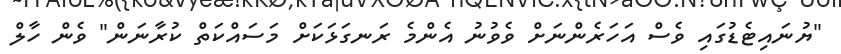
"ޔުނައިޓެޑުގައި ވެސް އަހަރެންނަށް ވެވުނު އެންމެ ރަނގަޅަކަށް މަސައްކަތް ކުރާނަން" ވެން ހާލް